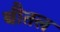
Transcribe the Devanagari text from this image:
बौतल